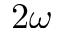
\boldsymbol { 2 \omega }